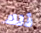
ذلك